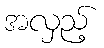
အလှည့်